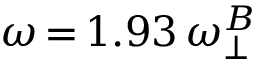
\omega \, { = } \, 1 . 9 3 \, \omega _ { \perp } ^ { B }